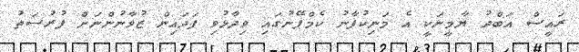
ރައީސް އަބްދު ޔާމީނަކީ އެ މަނިކުފާނު ކެމްޕޭނުގައި ވިދާޅުވި ފަދައިން ޒުވާނުންނަށް ފުރުސަތު